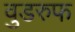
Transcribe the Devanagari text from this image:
वुडरुफ